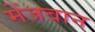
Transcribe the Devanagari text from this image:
मेंजबान